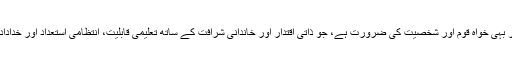
ایک ایسے ہمدرد ملت اور بہی خواہ قوم اور شخصیت کی ضرورت ہے، جو ذاتی اقتدار اور خاندانی شرافت کے ساتھ تعلیمی قابلیت، انتظامی استعداد اور خداداد ذہانت کی بھی مالک ہو۔